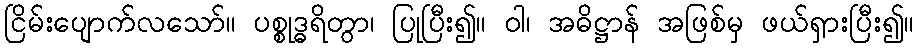
ငြိမ်းပျောက်လသော်။ ပစ္စုဒ္ဓရိတွာ၊ ပြုပြီး၍။ ဝါ၊ အဓိဋ္ဌာန် အဖြစ်မှ ဖယ်ရှားပြီး၍။